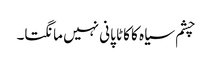
چشم سیاہ کا کاٹا پانی نہیں مانگتا۔